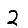
Digit: 2